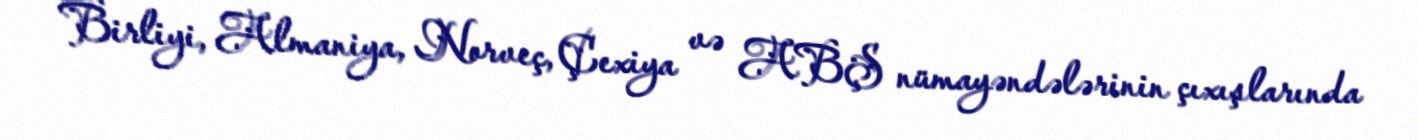
Birliyi, Almaniya, Norveç, Çexiya və ABŞ nümayəndələrinin çıxışlarında